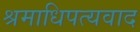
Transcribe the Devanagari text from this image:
श्रमाधिपत्यवाद